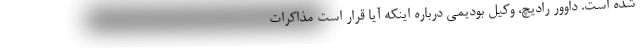
شده است. داوور رادیچ، وکیل بودیمی درباره اینکه آیا قرار است مذاکرات